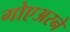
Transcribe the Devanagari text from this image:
गोएअरने